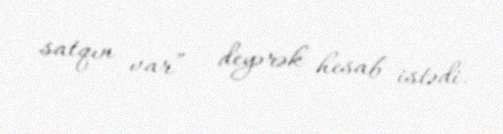
satqın var” - deyərək hesab istədi.